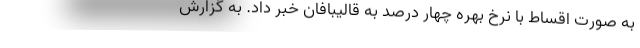
به صورت اقساط با نرخ بهره چهار درصد به قالیبافان خبر داد. به گزارش